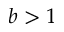
b > 1